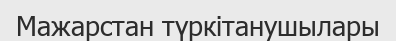
Мажарстан түркітанушылары